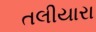
તલીયારા